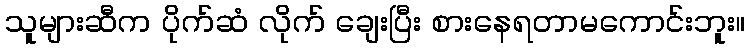
သူများဆီက ပိုက်ဆံ လိုက် ချေးပြီး စားနေရတာမကောင်းဘူး။